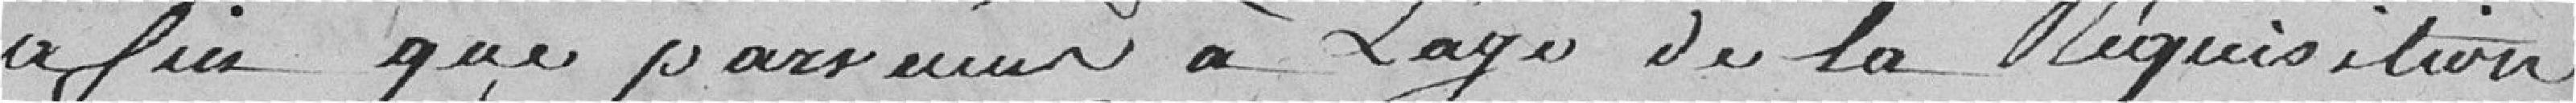
afin que parvenus à l'âge de la réquisition